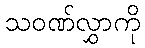
သဝဏ်လွှာကို